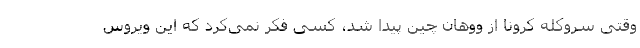
وقتی سروکله کرونا از ووهان چین پیدا شد، کسی فکر نمی‌کرد که این ویروس